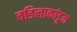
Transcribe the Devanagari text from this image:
वडिलाकांडून